Annual report of the Civil Veterinary Department, Bengal, for the year 1897-98 - 1897-1898
Year: 1897
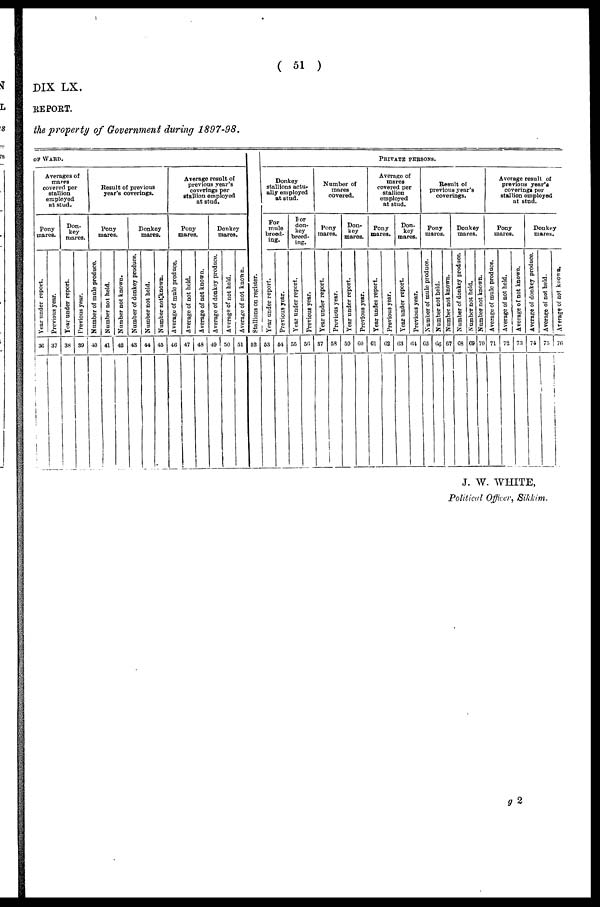
( 51 )
DIX LX.
REPORT.
the property of Government during 1897-98.
OF WARD.
Averages of
mares
covered per
stallion
employed
at stud.
Pony
mares.
Year under report.
36
Previous year.
37
Don-
key
mares.
Year under report.
38
Previous year.
39
Result of previous
year's coverings.
Pony
mares.
Number of mule produce.
40
Number not held.
41
Number not known.
42
Donkey
mares.
Number of donkey produce.
43
Number not held.
44
Number not known.
45
Average result of
previous year's
coverings per
Stallion employed
at stud.
Pony
mares.
Average of mule produce.
46
Average of not held.
47
Average of not known.
48
Donkey
mares.
Average of donkey produce.
49
Average of not held.
50
Average of not known.
51
St al l
i
ons on register.
52
PRIVATE PERSONS.
Donkey
stallions actu-
ally employed
at stud.
For
mule
breed-
ing.
Year under report.
53
Previous year.
64
For
don-
key
breed-
ing.
Year under report.
55
Previous year.
56
Number of
mares
covered.
Pony
mares.
Year under report.
57
Previous year.
58
Don-
key
mares.
Year under report.
59
Previous year.
60
Average of
mares
covered per
stallion
employed
at stud.
Pony
mares.
Year under report.
61
Previous year.
62
Don-
key
mares.
Year under report.
63
Previous year.
64
Result of
previous year's
coverings.
Pony
maros.
Number of mule produce.
65
Number not held.
66
Number not known.
67
Donkey
mares.
Number of donkey produce.
68
Number not held.
69
Number not known.
70
Average result of
previous year's
coverings per
stallion employed
at stud.
Pony
mares.
Average of mule produce.
71
Average of not held.
72
Average of not known.
73
Donkey
mares.
Average of donkey produce.
74
Average
of not held.
75
Average of not known.
76
J. W. WHITE,
Political Officer, Sikkim
g 2